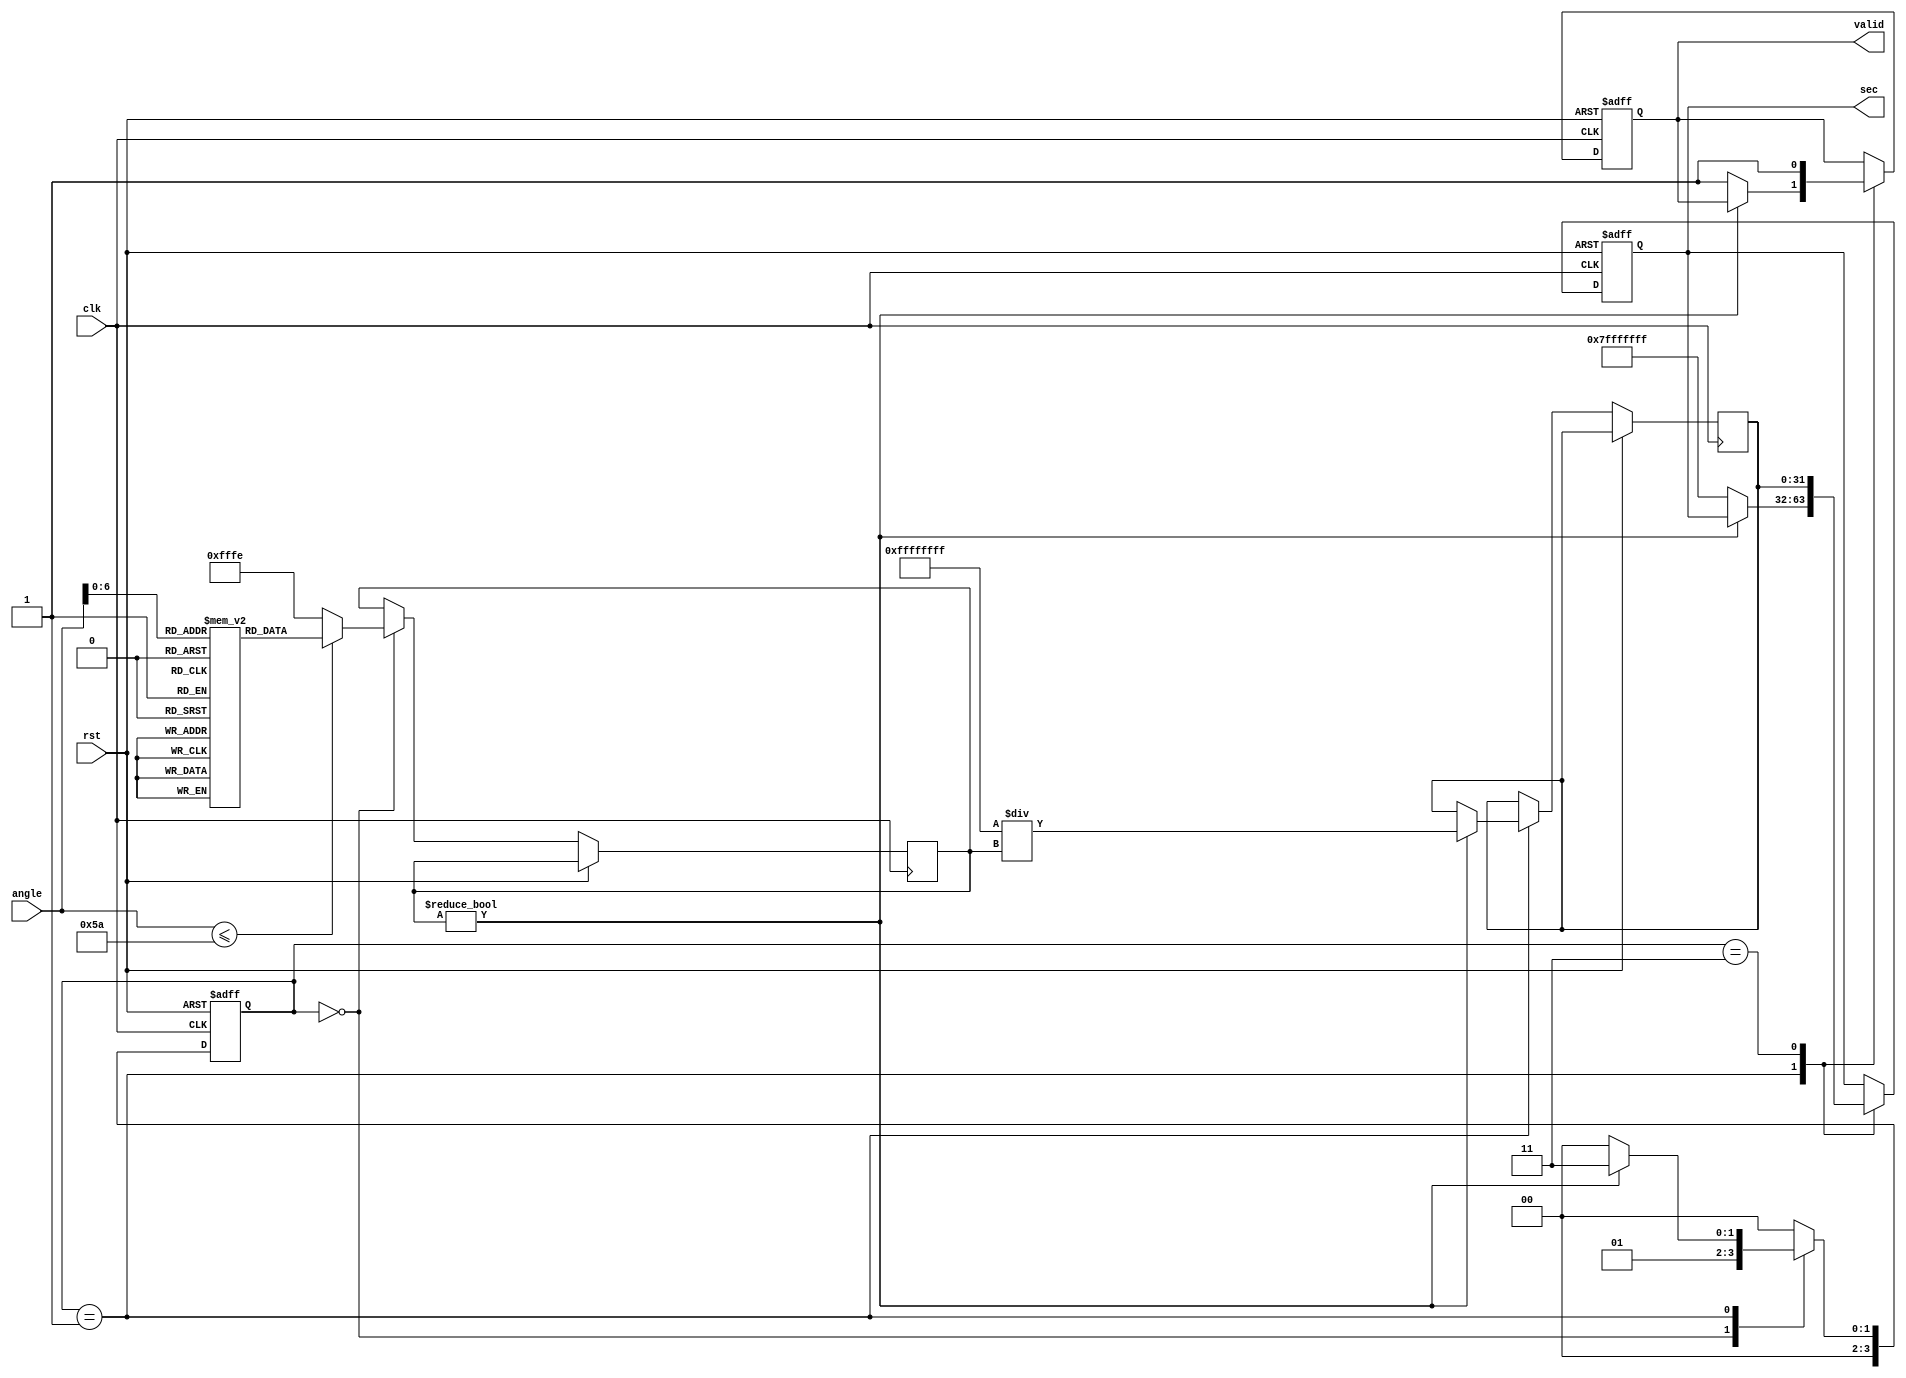
module secant_function (
    input wire [15:0] angle, // Input angle in radians (fixed-point)
    output reg [31:0] sec,   // Output secant value (fixed-point)
    input wire clk,          // Clock signal
    input wire rst,          // Reset signal
    output reg valid         // Output valid signal
);

    // Cosine lookup table (LUT) for angles 0 to 90 degrees (0 to /2 radians)
    reg [15:0] cos_lut [0:90]; // 91 entries for 0 to 90 degrees
    initial begin
        // Initialize cosine values (fixed-point representation)
        cos_lut[0] = 16'hFFFF; // cos(0) = 1.0
        cos_lut[1] = 16'hFFFE; // cos(1)
        cos_lut[2] = 16'hFFFC; // cos(2)
        // ... Fill in the rest of the LUT ...
        cos_lut[90] = 16'h0000; // cos(90) = 0.0
    end

    reg [15:0] cos_value;
    reg [31:0] reciprocal;
    reg [3:0] state;

    localparam IDLE = 0, COS_COMPUTE = 1, RECIPROCAL = 2, OUTPUT = 3;

    always @(posedge clk or posedge rst) begin
        if (rst) begin
            sec <= 32'h00000000;
            valid <= 0;
            state <= IDLE;
        end else begin
            case (state)
                IDLE: begin
                    // Get cosine value from LUT based on input angle
                    if (angle <= 16'd90) begin
                        cos_value <= cos_lut[angle];
                        state <= COS_COMPUTE;
                    end else begin
                        // Handle angles greater than 90 degrees
                        cos_value <= 16'hFFFE; // Approximate cos(90) for simplicity
                        state <= COS_COMPUTE;
                    end
                end

                COS_COMPUTE: begin
                    if (cos_value != 16'h0000) begin
                        // Calculate reciprocal: sec(x) = 1 / cos(x)
                        reciprocal <= (32'hFFFFFFFF / cos_value); // Fixed-point division
                        state <= OUTPUT;
                    end else begin
                        // Handle division by zero (cos(x) = 0)
                        sec <= 32'h7FFFFFFF; // Max value to indicate overflow
                        valid <= 1;
                        state <= IDLE;
                    end
                end

                OUTPUT: begin
                    sec <= reciprocal;
                    valid <= 1;
                    state <= IDLE;
                end

                default: state <= IDLE;
            endcase
        end
    end
endmodule